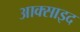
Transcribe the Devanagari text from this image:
आक्साइद